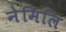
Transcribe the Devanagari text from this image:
नेमिलि